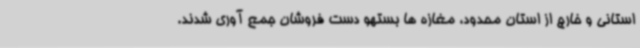
استانی و خارج از استان محدود، مغازه ها بستهو دست فروشان جمع آوری شدند.